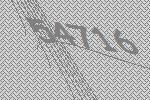
54716